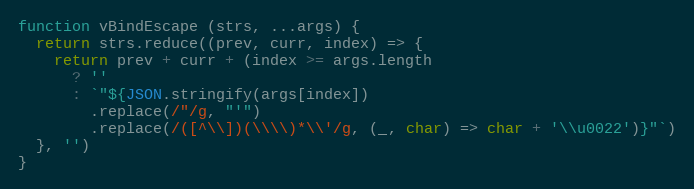
Language: JavaScript
function vBindEscape (strs, ...args) {
  return strs.reduce((prev, curr, index) => {
    return prev + curr + (index >= args.length
      ? ''
      : `"${JSON.stringify(args[index])
        .replace(/"/g, "'")
        .replace(/([^\\])(\\\\)*\\'/g, (_, char) => char + '\\u0022')}"`)
  }, '')
}